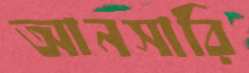
আনসারি